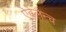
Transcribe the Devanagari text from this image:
ऐवेलैन्च